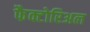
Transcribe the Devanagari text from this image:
फैक्टोरिअल